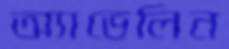
অ্যাভেলিন